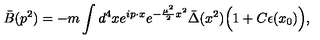
\bar { B } ( p ^ { 2 } ) = - m \int d ^ { 4 } x e ^ { i p \cdot x } e ^ { - { \frac { \mu ^ { 2 } } { 2 } } x ^ { 2 } } \bar { \Delta } ( x ^ { 2 } ) \Big ( 1 + C \epsilon ( x _ { 0 } ) \Big ) ,